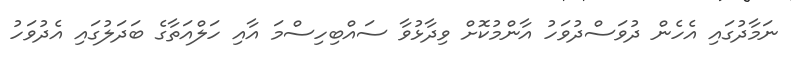
ނަމާދުގައި އެހެން ދުވަސްދުވަހު އާންމުކޮށް ވިދާޅުވާ ސައްބިހިސްމަ އާއި ހަލްއަތާގެ ބަދަލުގައި އެދުވަހު